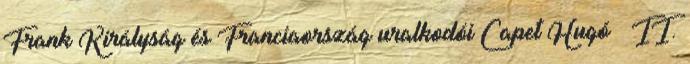
Frank Királyság és Franciaország uralkodói Capet Hugó · II.